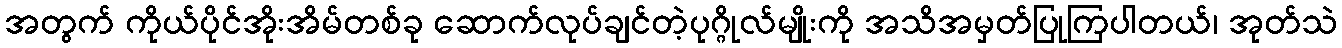
အတွက် ကိုယ်ပိုင်အိုးအိမ်တစ်ခု ဆောက်လုပ်ချင်တဲ့ပုဂ္ဂိုလ်မျိုးကို အသိအမှတ်ပြုကြပါတယ်၊ အုတ်သဲ